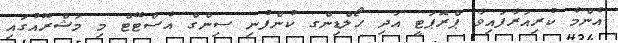
އެންމެ ކުރިއަރާފައިވާ ޕްރޮޕަޓީ އަދި ހޯލްޑިންގ ކުންފުނި ސިންގް އެސްޓޭޓް މި މަޝްރޫއުގައި